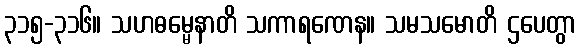
၃၁၅-၃၁၆။ သဟဓမ္မေနာတိ သကာရဏေန။ သမသမောတိ ဌပေတွာ